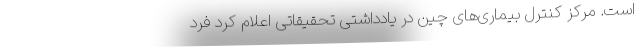
است. مرکز کنترل بیماری‌های چین در یادداشتی تحقیقاتی اعلام کرد فرد